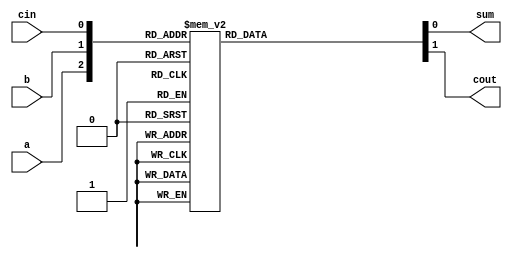
module fa_behavioral (a,b,cin,sum,cout);

input a,b,cin;
output reg sum, cout;

always @(a or b or cin) begin
       case ({a,b,cin})
              3'b000:begin
                      sum=1'b0;
                      cout=1'b0;
              end
              
              3'b001:begin
                     sum=1'b1;
                     cout=1'b0;
              end

              3'b010:begin
                     sum=1'b1;
                     cout=1'b0;
              end

              3'b011:begin
                     sum=1'b0;
                     cout=1'b1;
              end

              3'b100:begin
                     sum=1'b1;
                     cout=1'b0;
              end

              3'b101:begin
                     sum=1'b0;
                     cout=1'b1;
              end

              3'b110:begin
                     sum=1'b0;
                     cout=1'b1;
              end

              3'b111:begin 
                     sum=1'b1;
                     cout=1'b1;   
              end
              
              default: $display("Wrong Input");
endcase

end
    
endmodule